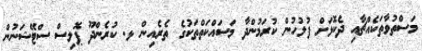
މަސްތުވާތަކެއްޗާއި ދެކޮޅަށް ފުލުހުން ކުރަމުންދާ މަސައްކަތްތަކުގެ ތެރެއިން ޅ. ކުރެންދޫ ޕޮލިސް ސްޓޭޝަނުން